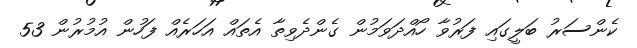
ކެންސަރު ބަލީގައި ފަރުވާ ހޯއްދަވަމުން ގެންދެވިތާ އެތައް އަހަރެއް ފަހުން އުމުރުން 53